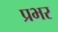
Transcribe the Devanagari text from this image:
प्रभर